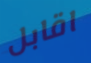
اقابل